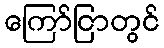
ကြော်ငြာတွင်